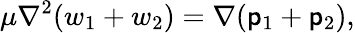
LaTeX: \mu\nabla^{2}(w_{1}+w_{2})=\nabla(\mathsf{p}_{1}+\mathsf{p}_{2}),